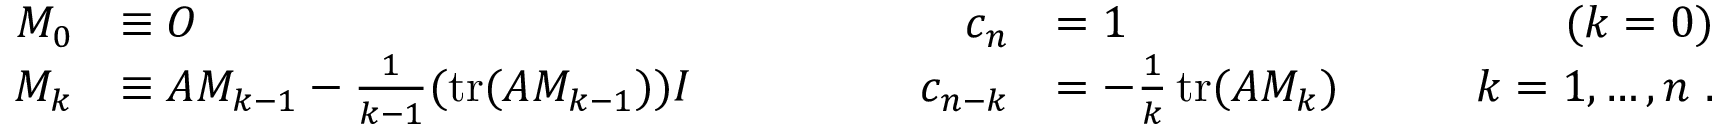
{ \begin{array} { r l r l r } { M _ { 0 } } & { \equiv O } & { c _ { n } } & { = 1 \qquad } & { ( k = 0 ) } \\ { M _ { k } } & { \equiv A M _ { k - 1 } - { \frac { 1 } { k - 1 } } ( \operatorname { t r } ( A M _ { k - 1 } ) ) I \qquad \qquad } & { c _ { n - k } } & { = - { \frac { 1 } { k } } \operatorname { t r } ( A M _ { k } ) \qquad } & { k = 1 , \ldots , n ~ . } \end{array} }